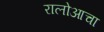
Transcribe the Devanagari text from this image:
रालोआचा